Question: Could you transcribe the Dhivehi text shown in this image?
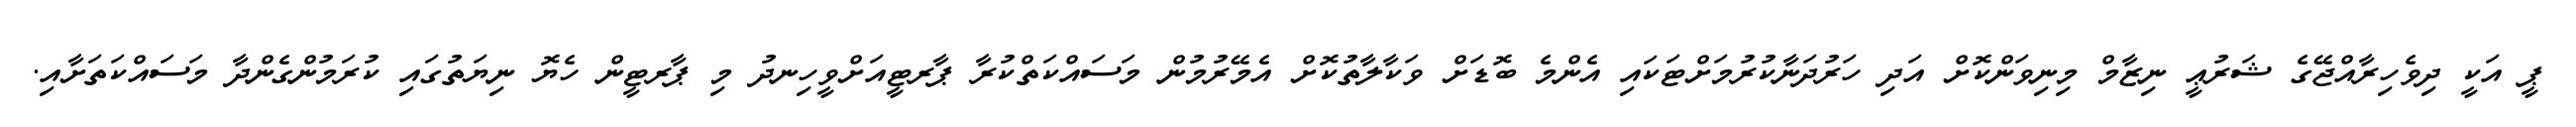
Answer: ޕީ އަކީ ދިވެހިރާއްޖޭގެ ޝަރުޢީ ނިޒާމް މިނިވަންކޮށް އަދި ހަރުދަނާކުރުމަށްޓަކައި އެންމެ ބޮޑަށް ވަކާލާތުކޮށް އެމޭރުމުން މަސައްކަތްކުރާ ޕާރޓީއަށްވީހިނދު މި ޕާރޓީން ހެޔޮ ނިޔަތުގައި ކުރަމުންގެންދާ މަސައްކަތަށާއި.